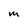
Character: M